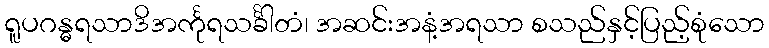
ရူပဂန္ဓရသာဒိအင်္ကုရသင်္ခါတံ၊ အဆင်းအနံ့အရသာ စသည်နှင့်ပြည့်စုံသော